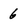
Character: 6